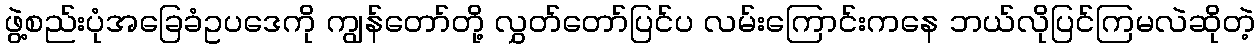
ဖွဲ့စည်းပုံအခြေခံဥပဒေကို ကျွန်တော်တို့ လွှတ်တော်ပြင်ပ လမ်းကြောင်းကနေ ဘယ်လိုပြင်ကြမလဲဆိုတဲ့